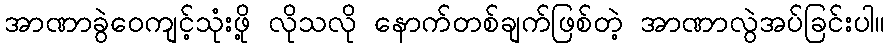
အာဏာခွဲဝေကျင့်သုံးဖို့ လိုသလို နောက်တစ်ချက်ဖြစ်တဲ့ အာဏာလွဲအပ်ခြင်းပါ။